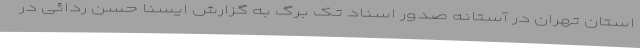
استان تهران در آستانه صدور اسناد تک برگ به گزارش ایسنا حسن ردائی در